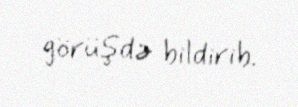
görüşdə bildirib.